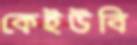
কেইউবি